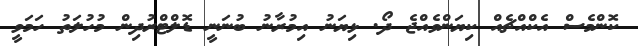
ކޮންމެސް އެކްއްޗެއް ކިޔަންވެއްޖެ ދޯ. ޅިޔަނު އިމުރާނު ބުނަނީ ޑޮލްޓްރުދިން މުހުލަތު ހަމަވީ